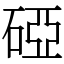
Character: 䃁